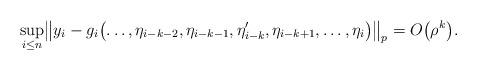
LaTeX: \begin{align*} \sup_{i \le n} \bigl\| y_i-g_i\bigl(\ldots, \eta_{i-k-2}, \eta_{i-k-1}, \eta_{i-k}', \eta_{i-k+1}, \ldots,\eta_i \bigr) \bigr\|_p = O\bigl(\rho^k\bigr).\end{align*}